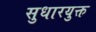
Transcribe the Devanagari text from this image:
सुधारयुक्त